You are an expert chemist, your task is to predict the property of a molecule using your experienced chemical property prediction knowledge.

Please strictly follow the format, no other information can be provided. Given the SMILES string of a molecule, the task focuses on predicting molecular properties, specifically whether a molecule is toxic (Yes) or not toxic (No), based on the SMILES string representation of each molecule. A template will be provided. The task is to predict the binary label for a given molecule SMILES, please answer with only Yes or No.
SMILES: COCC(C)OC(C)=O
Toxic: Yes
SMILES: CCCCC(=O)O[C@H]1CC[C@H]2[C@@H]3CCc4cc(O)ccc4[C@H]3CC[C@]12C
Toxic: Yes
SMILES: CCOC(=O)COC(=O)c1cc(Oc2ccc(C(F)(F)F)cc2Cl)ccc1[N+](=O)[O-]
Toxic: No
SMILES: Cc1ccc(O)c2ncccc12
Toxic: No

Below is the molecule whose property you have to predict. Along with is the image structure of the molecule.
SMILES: O=C(O)c1ccccc1C(=O)O
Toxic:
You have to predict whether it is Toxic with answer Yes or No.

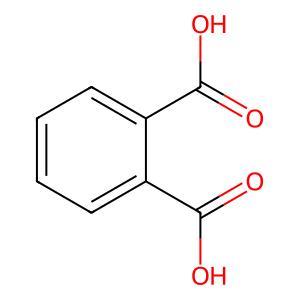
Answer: No